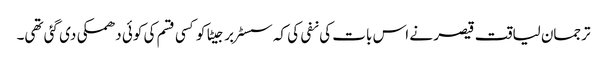
ترجمان لیاقت قیصر نے اس بات کی نفی کی کہ سسٹر برجیٹا کو کسی قسم کی کوئی دھمکی دی گئی تھی۔